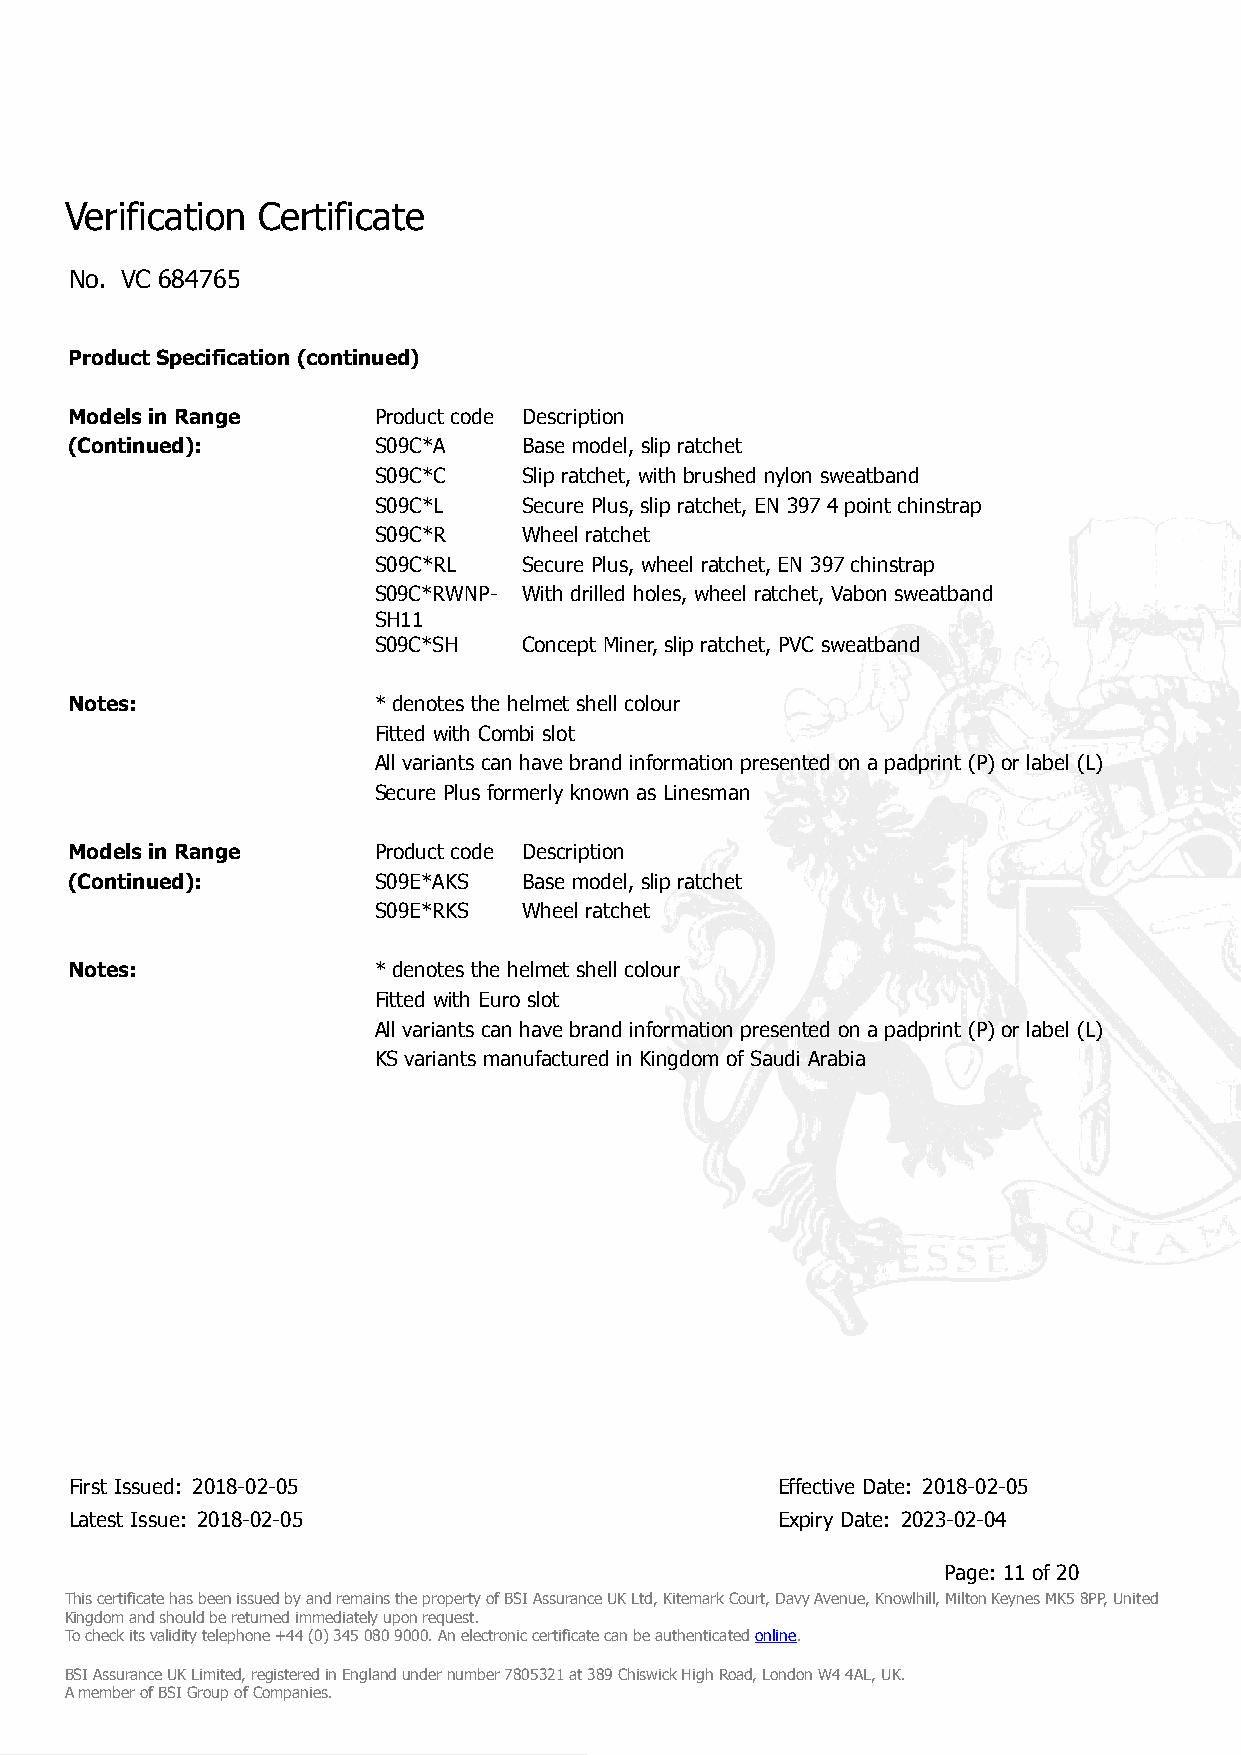
Verification Certificate
 No. VC 684765
 Product Specification (continued)
 Models in Range      Product code Description
 (Continued):         S09C*A    Base model, slip ratchet
 S09C*C    Slip ratchet, with brushed nylon sweatband
 S09C*L    Secure Plus, slip ratchet, EN 397 4 point chinstrap
 S09C*R    Wheel ratchet
 S09C*RL   Secure Plus, wheel ratchet, EN 397 chinstrap
 S09C*RWNP- With drilled holes, wheel ratchet, Vabon sweatband
 SH11
 S09C*SH   Concept Miner, slip ratchet, PVC sweatband
 Notes:               * denotes the helmet shell colour
 Fitted with Combi slot
 All variants can have brand information presented on a padprint (P) or label (L)
 Secure Plus formerly known as Linesman
 Models in Range      Product code Description
 (Continued):         S09E*AKS  Base model, slip ratchet
 S09E*RKS  Wheel ratchet
 Notes:               * denotes the helmet shell colour
 Fitted with Euro slot
 All variants can have brand information presented on a padprint (P) or label (L)
 KS variants manufactured in Kingdom of Saudi Arabia
 First Issued: 2018-02-05                      Effective Date: 2018-02-05
 Latest Issue: 2018-02-05                      Expiry Date: 2023-02-04
 Page: 11 of 20
 This certificate has been issued by and remains the property of BSI Assurance UK Ltd, Kitemark Court, Davy Avenue, Knowlhill, Milton Keynes MK5 8PP, United
 Kingdom and should be returned immediately upon request.
 To check its validity telephone +44 (0) 345 080 9000. An electronic certificate can be authenticated online.
 BSI Assurance UK Limited, registered in England under number 7805321 at 389 Chiswick High Road, London W4 4AL, UK.
 A member of BSI Group of Companies.